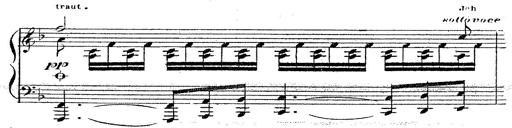
Title: 12 Lieder von Franz Schubert
Composer: Franz Liszt